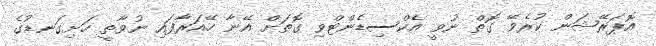
އޮޕަރޭޝަން ކުރެވޭ ގޮތް ނުވީ އެކްސިޑެންޓްވި ގޮތަށް އޭނާ ހޭއަރާފައި ނުވާތީ ހަށިގަނޑުގެ